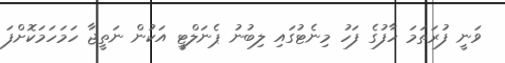
ވަނީ ފުރަތަމަ ހާފުގެ ފަހު މިނެޓުގަައި ލިބުނު ޕެނަލްޓީ އަކުން ނަތީޖާ ހަމަހަމަކޮށްފަ